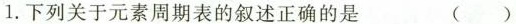
1.下列关于元素周期表的叙述正确的是 （）